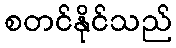
စတင်နိုင်သည်